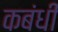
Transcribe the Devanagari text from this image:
कबंधी